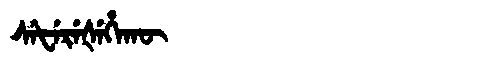
Manchu: ᠰᡝᡶᡝᡵᡝᡧᡝᡥᠠᡴᡡ
Romanization: SEFEREŠEHAKŪ